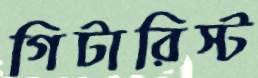
গিটারিস্ট